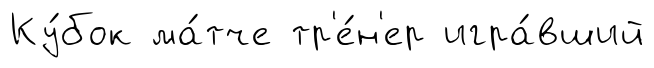
Ку́бок ма́тче тр'е́н'ер игра́вший